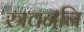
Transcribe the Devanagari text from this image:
स्रवननि